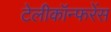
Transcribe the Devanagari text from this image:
टेलीकॉन्फरेंस